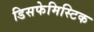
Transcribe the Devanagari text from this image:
डिसफेमिस्टिक